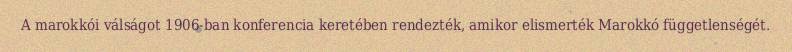
A marokkói válságot 1906-ban konferencia keretében rendezték, amikor elismerték Marokkó függetlenségét.